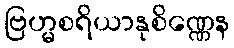
ဗြဟ္မစရိယာနုစိဏ္ဏေန